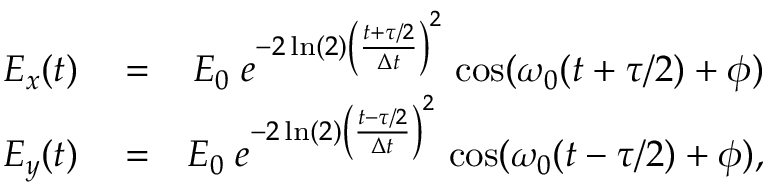
\begin{array} { r l r } { E _ { x } ( t ) } & { { } = } & { E _ { 0 } \; e ^ { - 2 \ln ( 2 ) \left( \frac { t + \tau / 2 } { \Delta t } \right) ^ { 2 } } \; \mathrm { c o s } ( \omega _ { 0 } ( t + \tau / 2 ) + \phi ) } \\ { E _ { y } ( t ) } & { { } = } & { E _ { 0 } \; e ^ { - 2 \ln ( 2 ) \left( \frac { t - \tau / 2 } { \Delta t } \right) ^ { 2 } } \; \mathrm { c o s } ( \omega _ { 0 } ( t - \tau / 2 ) + \phi ) , } \end{array}